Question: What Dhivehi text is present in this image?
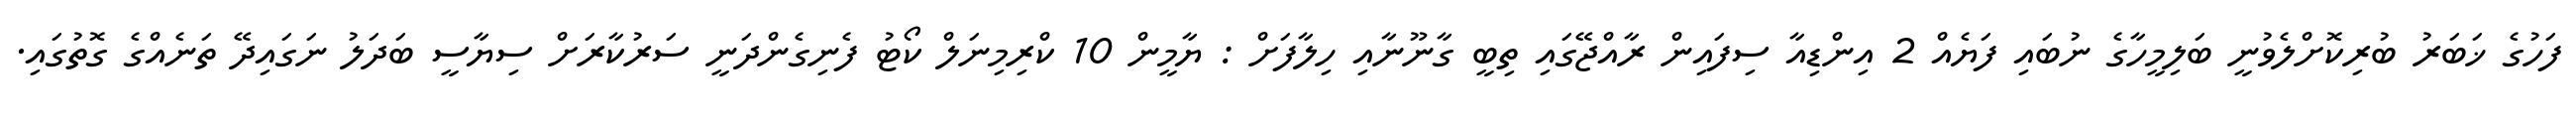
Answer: ފަހުގެ ޚަބަރު ބުރިކޮށްލެވުނީ ބަލިމީހާގެ ނުބައި ފަޔެއް 2 އިންޑިއާ ސިފައިން ރާއްޖޭގައި ތިބީ ގާނޫނާއި ހިލާފަށް : ޔާމީން 10 ކްރިމިނަލް ކޯޓު ފެނިގެންދަނީ ސަރުކާރަށް ސިޔާސީ ބަދަލު ނަގައިދޭ ތަނެއްގެ ގޮތުގައި.